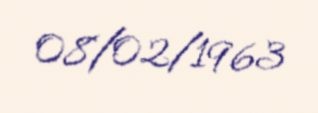
08/02/1963